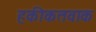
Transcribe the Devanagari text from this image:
हकीकतवाक